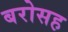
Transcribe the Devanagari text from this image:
बरोसह